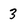
Character: 3